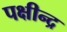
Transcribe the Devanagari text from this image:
पक्षीन्द्र